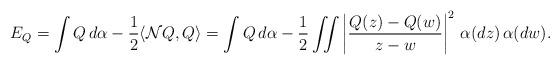
LaTeX: \begin{align*}E_{Q}=\int Q\,d\alpha - \frac{1}{2}\langle \mathcal{N}Q,Q \rangle=\int Q\,d\alpha-\frac{1}{2}\iint \left|\frac{Q(z)-Q(w)}{z-w}\right|^{2}\,\alpha(dz)\,\alpha(dw).\end{align*}